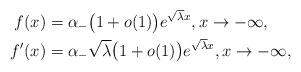
LaTeX: \begin{align*}f(x) &= \alpha_- \big(1+ o(1)\big) e^{\sqrt{\lambda} x},x\rightarrow -\infty,\\f'(x) &= \alpha_-\sqrt{\lambda} \big(1+ o(1)\big) e^{\sqrt{\lambda} x},x\rightarrow -\infty,\end{align*}